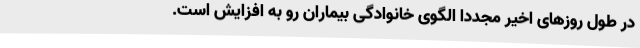
در طول روزهای اخیر مجددا الگوی خانوادگی بیماران رو به افزایش است.